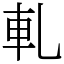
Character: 軋